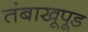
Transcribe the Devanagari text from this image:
तंबाखूपूड